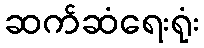
ဆက်ဆံရေးရုံး